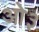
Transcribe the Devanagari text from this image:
ओ३